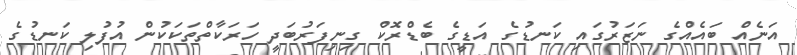
އަނެއް ބައެއްގެ ނަޒަރުގައި ކަނޑުގެ އަޑީގެ ބެޑްރޮކް ގިނިފަރުބަދީ ހަރަކާތްތަކަކުން އުފުލި ކަނޑުގެ